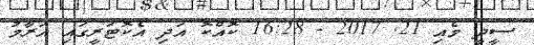
ސީދީ މެއި 21